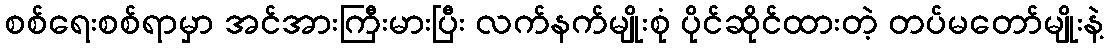
စစ်ရေးစစ်ရာမှာ အင်အားကြီးမားပြီး လက်နက်မျိုးစုံ ပိုင်ဆိုင်ထားတဲ့ တပ်မတော်မျိုးနဲ့